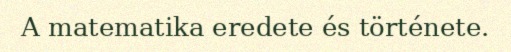
A matematika eredete és története.